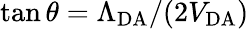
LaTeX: \tan\theta=\Lambda_{\mathrm{DA}}/(2V_{\mathrm{DA}})